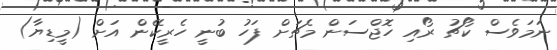
ނަމަވެސް ކޯޗު ރޯއި ހޮޖްސަން މެޗަށް ފަހު ބުނީ ހެރީކޭން އަށް (މީޑިޔާ)